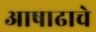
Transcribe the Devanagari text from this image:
आषाढाचे